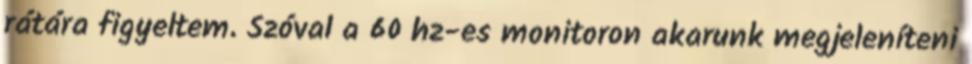
rátára figyeltem. Szóval a 60 hz-es monitoron akarunk megjeleníteni